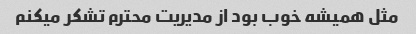
مثل همیشه خوب بود از مدیریت محترم تشکر میکنم